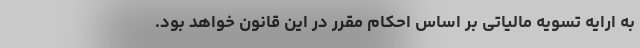
به ارایه تسویه مالیاتی بر اساس احکام مقرر در این قانون خواهد بود.